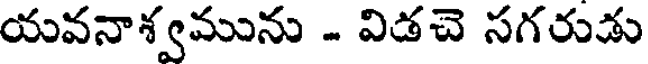
యవనాశ్వమును - విడచె సగరుడు